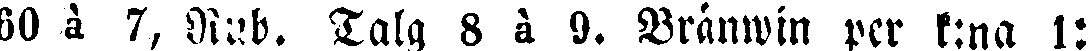
60 à 7, Rub. Talg 8 à 9. Bränwin per k:na 1: